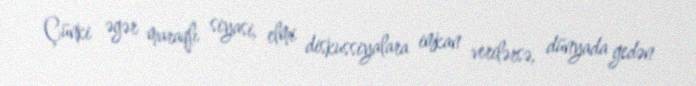
Çünki əgər maraqlı siyasi, elmi diskussiyalara imkan verilərsə, dünyada gedən